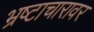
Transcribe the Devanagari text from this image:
भ्रष्टाचारावर